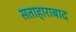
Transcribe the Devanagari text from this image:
सताहाराबाद